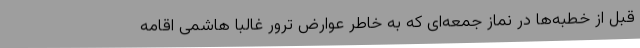
قبل از خطبه‌ها در نماز جمعه‌ای که به خاطر عوارض ترور غالبا هاشمی اقامه